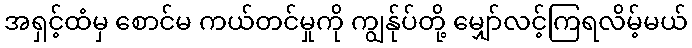
အရှင့်ထံမှ စောင်မ ကယ်တင်မှုကို ကျွန်ုပ်တို့ မျှော်လင့်ကြရလိမ့်မယ်